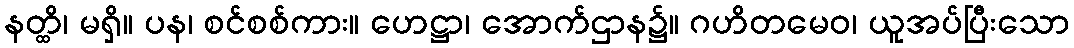
နတ္ထိ၊ မရှိ။ ပန၊ စင်စစ်ကား။ ဟေဋ္ဌာ၊ အောက်ဌာန၌။ ဂဟိတမေဝ၊ ယူအပ်ပြီးသော